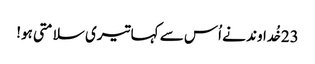
23خُداوند نے اُس سے کہا تیری سلامتی ہو!